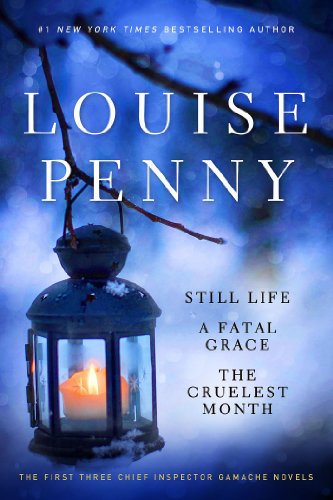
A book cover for Louise Penny Boxed Set (1-3): Still Life,  A Fatal Grace, The Cruelest Month (Chief Inspector Gamache Novel); Louise Penny; Mystery, Thriller & Suspense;